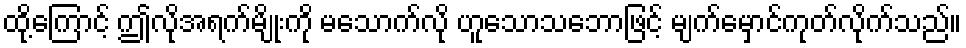
ထို့ကြောင့် ဤလိုအရက်မျိုးကို မသောက်လို ဟူသောသဘောဖြင့် မျက်မှောင်ကုတ်လိုက်သည်။